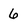
Character: 6